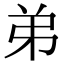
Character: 弟